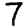
Digit: 7